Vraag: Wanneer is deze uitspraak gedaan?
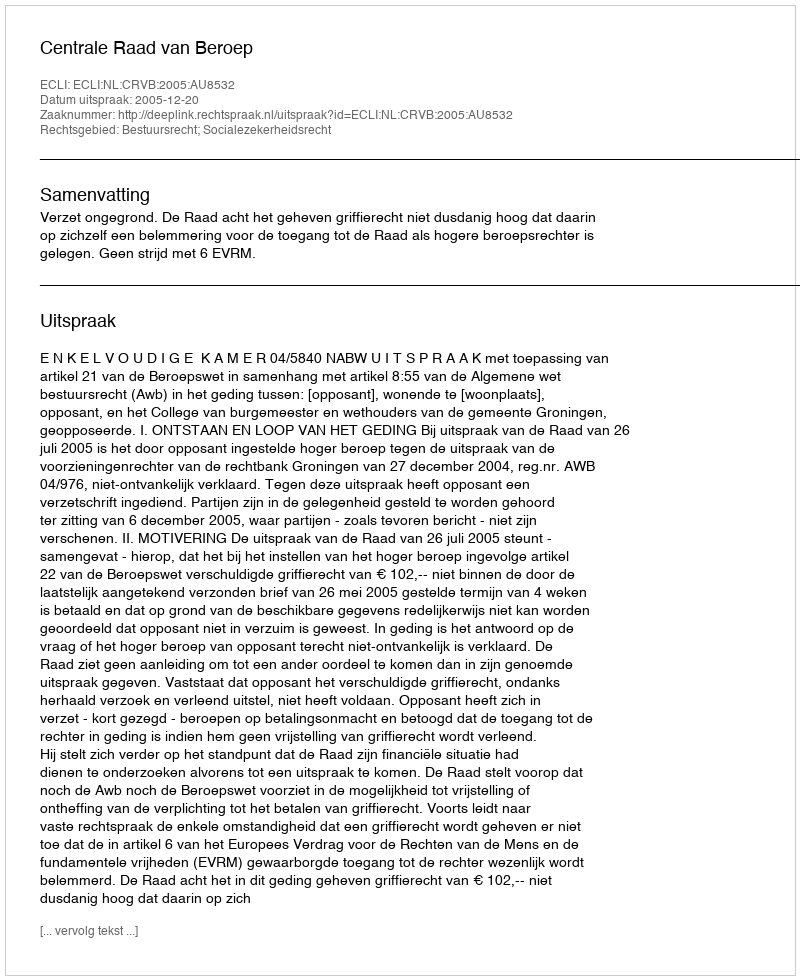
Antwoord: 2005-12-20